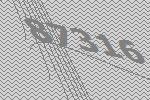
87316